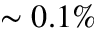
\sim 0 . 1 \%